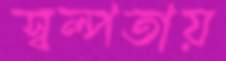
স্বল্পতায়